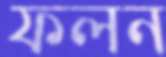
ফলন